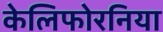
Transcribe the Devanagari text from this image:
केलिफोरनिया